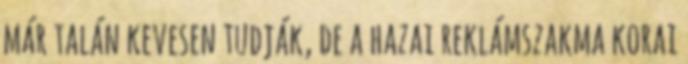
már talán kevesen tudják, de a hazai reklámszakma korai